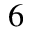
^ 6